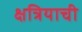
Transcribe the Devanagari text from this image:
क्षत्रियाची